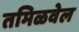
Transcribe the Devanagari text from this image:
तमिळवेल